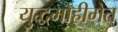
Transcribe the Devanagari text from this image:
युद्धमोहीमेत